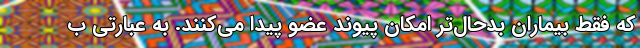
که فقط بیماران بدحال‌تر امکان پیوند عضو پیدا می‌کنند. به عبارتی ب